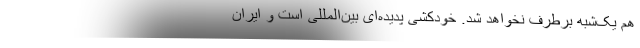
هم یک‌شبه برطرف نخواهد شد. خودکشی پدیده‌ای بین‌المللی است و ایران